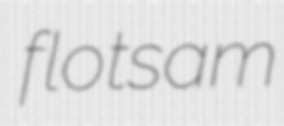
flotsam